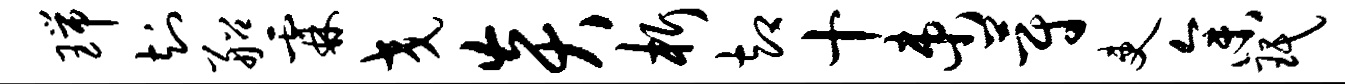
瑞知船霖交炎析却十束蔚吏参珉